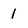
Character: 1